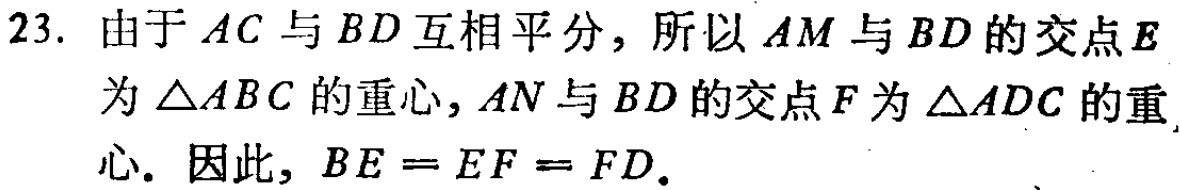
23. 由于 \(AC\) 与 \(BD\) 互相平分，所以 \(AM\) 与 \(BD\) 的交点 \(E\) 为 \(\triangle ABC\) 的重心，\(AN\) 与 \(BD\) 的交点 \(F\) 为 \(\triangle ADC\) 的重心. 因此，\(BE = EF = FD\).